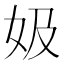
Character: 㚫